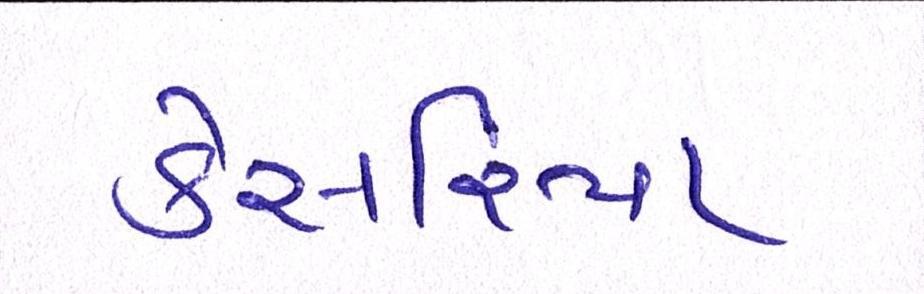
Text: કેસરિયા